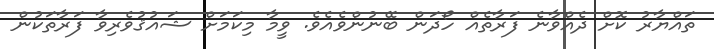
ތައްޔާރު ކޮށް ދެއްވާނެ ފަރާތެއް ހޯދަން ބޭނުންވެއެވެ. ވީމާ މިކަމަށް ޝައުޤުވެރިވާ ފަރާތަކުން